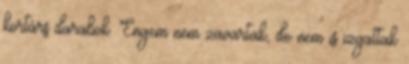
kortárs darabok. Engem nem zavartak, de nem is izgattak